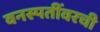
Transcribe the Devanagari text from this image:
वनस्पतींवरची